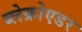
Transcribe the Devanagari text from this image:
ब्लेक्रोएडर